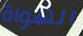
الهواة